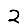
Digit: 2